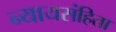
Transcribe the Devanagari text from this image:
न्यायसंहिता